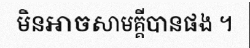
មិនអាចសាមគ្គីបានផង ។